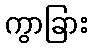
ကွာခြား